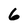
Character: 6